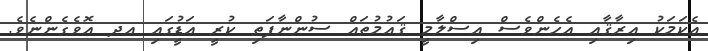
ޢެކަމަކު އިރާޤާއި އެހެންވެސް އިސްލާމީ ޤައުމުތައް ސުންނާފަތި ކުރީ އަޑުީގައި އދ އޮވެގެންނެވެ.